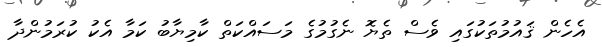
އެހެން ޤައުމުތަކުގައި ވެސް ތެޔޮ ނެގުމުގެ މަސައްކަތް ކާމިޔާބު ކަމާ އެކު ކުރަމުންދާ